Report of the Bombay Veterinary College
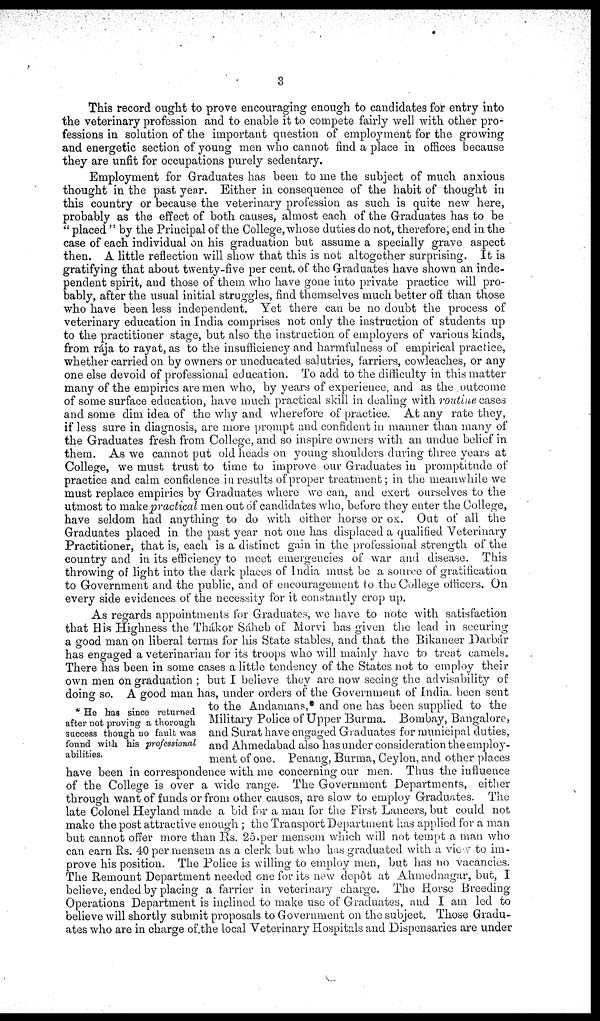
3
This record ought to prove encouraging enough to candidates for entry into
the veterinary profession and to enable it to compete fairly well with other pro-
fessions in solution of the important question of employment for the growing
and energetic section of young men who cannot find a place in offices because
they are unfit for occupations purely sedentary.
Employment for Graduates has been to me the subject of much anxious
thought in the past year. Either in consequence of the habit of thought in
this country or because the veterinary profession as such is quite new here,
probably as the effect of both causes, almost each of the Graduates has to be
" placed " by the Principal of the College, whose duties do not, therefore, end in the
case of each individual on his graduation but assume a specially grave aspect
then. A little reflection will show that this is not altogether surprising. It is
gratifying that about twenty-five per cent. of the Graduates have shown an inde-
pendent spirit, and those of them who have gone into private practice will pro-
bably, after the usual initial struggles, find themselves much better off than those
who have been less independent. Yet there can be no doubt the process of
veterinary education in India comprises not only the instruction of students up
to the practitioner stage, but also the instruction of employers of various kinds,
from rája to rayat, as to the insufficiency and harmfulness of empirical practice,
whether carried on by owners or uneducated salutries, farriers, cowleaches, or any
one else devoid of professional education. To add to the difficulty in this matter
many of the empirics are men who, by years of experience, and as the outcome
of some surface education, have much practical skill in dealing with routine cases
and some dim idea of the why and wherefore of practice. At any rate they,
if less sure in diagnosis, are more prompt and confident in manner than many of
the Graduates fresh from College, and so inspire owners with an undue belief in
them. As we cannot put old heads on young shoulders during three years at
College, we must trust to time to improve our Graduates in promptitude of
practice and calm confidence in results of proper treatment; in the meanwhile we
must replace empirics by Graduates where we can, and exert ourselves to the
utmost to make practical men out of candidates who, before they enter the College,
have seldom had anything to do with either horse or ox. Out of all the
Graduates placed in the past year not one has displaced a qualified Veterinary
Practitioner, that is, each is a distinct gain in the professional strength of the
country and in its efficiency to meet emergencies of war and disease. This
throwing of light into the dark places of India must be a source of gratification
to Government and the public, and of encouragement to the College officers. On
every side evidences of the necessity for it constantly crop up.
* He has since returned
after not proving a thorough
success though no fault was
found with his professional
abilities.
As regards appointments for Graduates, we have to note with satisfaction
that His Highness the Thákor Sáheb of Morvi has given the lead in securing
a good man on liberal terms for his State stables, and that the Bikaneer Darbár
has engaged a veterinarian for its troops who will mainly have to treat camels.
There has been in some cases a little tendency of the States not to employ their
own men on graduation ; but I believe they are now seeing the advisability of
doing so. A good man has, under orders of the Government of India been sent
to the Andamans, and one has been supplied to the
Military Police of Upper Burma. Bombay, Bangalore,
and Surat have engaged Graduates for municipal duties,
and Ahmedabad also has under consideration the employ-
ment of one. Penang, Burma, Ceylon, and other places
have been in correspondence with me concerning our men. Thus the influence
of the College is over a wide range. The Government Departments, either
through want of funds or from other causes, are slow to employ Graduates. The
late Colonel Heyland made a bid for a man for the First Lancers, but could not
make the post attractive enough; the Transport Department has applied for a man
but cannot offer more than Rs. 25 per mensem which will not tempt a man who
can earn Rs. 40 per mensem as a clerk but who has graduated with a view to im-
prove his position. The Police is willing to employ men, but has no vacancies.
The Remount Department needed one for its new depôt at Ahmednagar, but, I
believe, ended by placing a farrier in veterinary charge. The Horse Breeding
Operations Department is inclined to make use of Graduates, and I am led to
believe will shortly submit proposals to Government on the subject. Those Gradu-
ates who are in charge of the local Veterinary Hospitals and Dispensaries are under